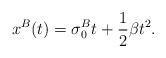
LaTeX: \begin{align*}x^B(t)=\sigma_{0}^B t+\frac{1}{2}\beta t^2.\end{align*}